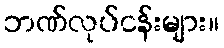
ဘဏ်လုပ်ငန်းများ။